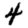
Digit: 4